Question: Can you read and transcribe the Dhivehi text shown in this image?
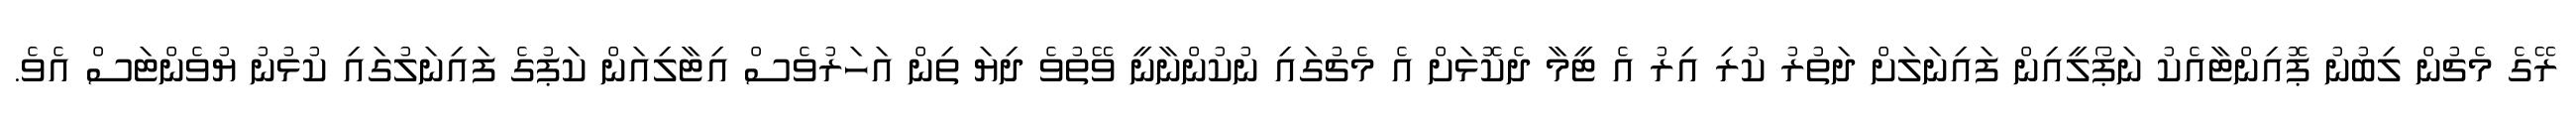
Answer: ރޭގެ މެޗުން ލިބުނު ޕޮއިންޓާއެކު ނަޕޯލީއިން ފައިނަލަށް ދަތުރު ކުރި އިރު އެ ޓީމާ ދެކޮޅަށް އެ މެޗުގައި ނުކުންނާނީ ވޭތުވެ ދިޔަ ތިން އަހަރުވެސް އިޓާލިއަން ކަޕުގެ ފައިނަލުގައި ކުޅުނު ޔުވެންޓަސް އެވެ.